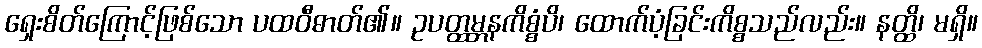
ရှေးစိတ်ကြောင့်ဖြစ်သော ပထဝီဓာတ်၏။ ဥပတ္ထမ္ဘနကိစ္စံပိ၊ ထောက်ပံ့ခြင်းကိစ္စသည်လည်း။ နတ္ထိ၊ မရှိ။